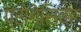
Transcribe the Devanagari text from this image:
प्रोगेसिव्ह